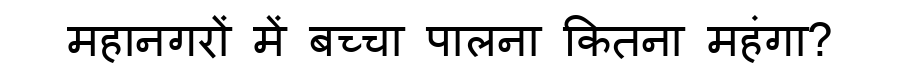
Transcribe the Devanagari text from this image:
महानगरों में बच्चा पालना कितना महंगा?